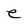
Character: e